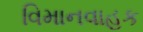
વિમાનવાહક